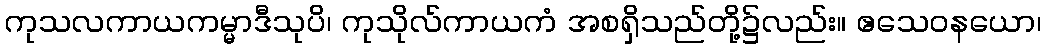
ကုသလကာယကမ္မာဒီသုပိ၊ ကုသိုလ်ကာယကံ အစရှိသည်တို့၌လည်း။ ဧသေဝနယော၊